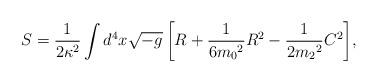
LaTeX: \begin{align*} S = \frac{1}{2\kappa^2} \int{ d^4x \sqrt{-g} \left[ R + \frac{1}{6{m_0}^2} R^2 - \frac{1}{2{m_2}^2} C^2 \right] },\end{align*}